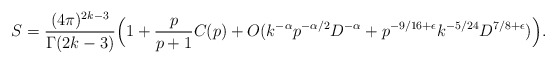
\begin{align*} S=\frac{(4\pi)^{2k-3}}{\Gamma(2k-3)}\Big(1+ \frac{p}{p+1}C(p)+ O( k^{-\alpha}p^{-\alpha/2}D^{-\alpha}+p^{-9/16+\epsilon} k^{-5/24} D^{7/8+\epsilon})\Big).\end{align*}